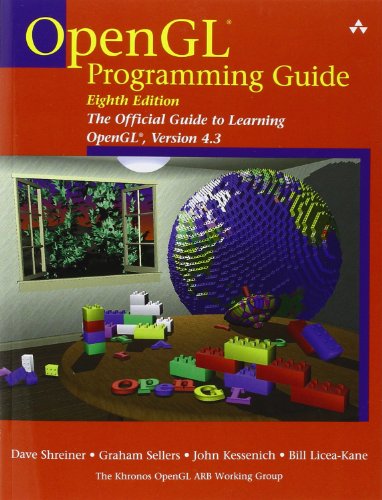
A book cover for OpenGL Programming Guide: The Official Guide to Learning OpenGL, Version 4.3 (8th Edition); Dave Shreiner; Computers & Technology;